Leaving Certificate Examination (including Day School Certificate (Higher) General paper), 1939
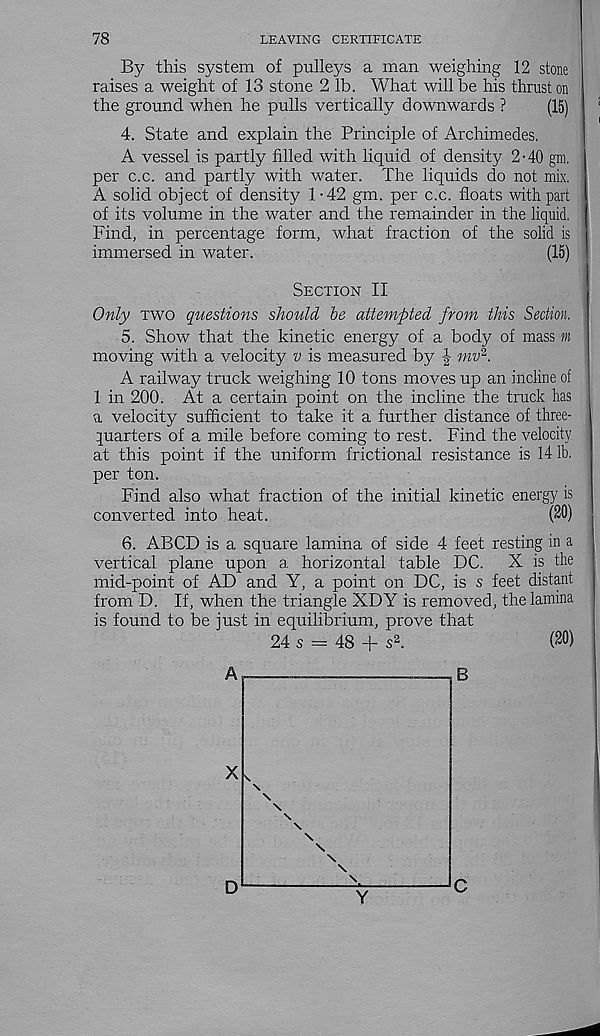
78
LEAVING CERTIFICATE
By this system of pulleys a man weighing 12 stone
raises a weight of 13 stone 2 lb. What will be his thrust on
the ground when he pulls vertically downwards ?
(15)
4. State and explain the Principle of Archimedes.
A vessel is partly filled with liquid of density 2 • 40 gm,
per c.c. and partly with water. The liquids do not mix.
A solid object of density 1-42 gm. per c.c. floats with part
of its volume in the water and the remainder in the liquid.
Find, in percentage form, what fraction of the solid is
immersed in water.
(15)
Section II
Only two questions should be attempted from this Section.
5. Show that the kinetic energy of a body of mass m
moving with a velocity v is measured by J mv 2 .
A railway truck weighing 10 tons moves up an incline of
1 in 200. At a certain point on the incline the truck has
a velocity sufficient to take it a further distance of three-
quarters of a mile before coming to rest. Find the velocity
at this point if the uniform frictional resistance is 14 lb.
per ton.
Find also what fraction of the initial kinetic energy is
converted into heat.
(20)
6. ABCD is a square lamina of side 4 feet resting in a
vertical plane upon a horizontal table DC.
X is the
mid-point of AD and Y, a point on DC, is s feet distant
from D. If, when the triangle XDY is removed, the lamina
is found to be just in equilibrium, prove that
24 s = 48 + s 2 .
(20)
D
Y
C